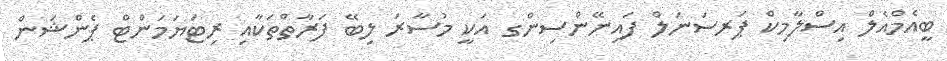
ބީއެމްއެލް އިސްލާމިކް ޕަރސަނަލް ފައިނޭންސިންގ އަކީ މުސާރަ ލިބޭ ފަރާތްތަކާއި ރިޓަޔަމަންޓް ޕެންޝަން